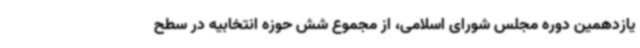
یازدهمین دوره مجلس شورای اسلامی، از مجموع شش حوزه انتخابیه در سطح